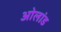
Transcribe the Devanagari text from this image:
ओलांड